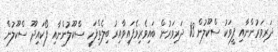
ދަރިވަރުންނާއި ފީވަކު ސްކޫލުން 13 ދަރިވަރުން ބައިވެރިވެފައިވާއިރު ބިލެތްފަހީ ސްކޫލުންނާއި ފޯކައިދޫ ސްކޫލުން